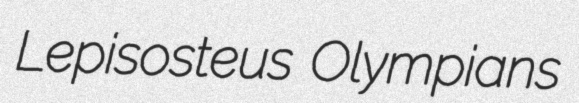
Lepisosteus Olympians